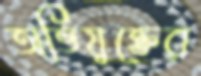
অভিযুক্তের